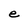
Character: e